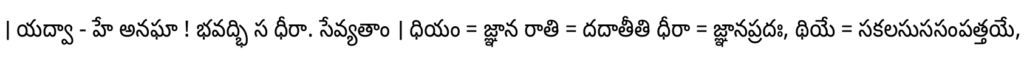
। యద్వా - హే అనఘా ! భవద్భి స ధీరా. సేవ్యతాం । ధియం = జ్ఞాన రాతి = దదాతీతి ధీరా = జ్ఞానప్రదః, థియే = సకలసుససంపత్తయే,